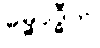
ဓမ္မဝုဒ္ဓီတိ